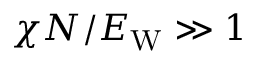
\chi N / E _ { \mathrm { W } } \gg 1